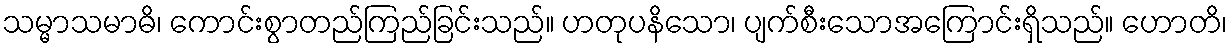
သမ္မာသမာဓိ၊ ကောင်းစွာတည်ကြည်ခြင်းသည်။ ဟတုပနိသော၊ ပျက်စီးသောအကြောင်းရှိသည်။ ဟောတိ၊